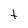
Character: t